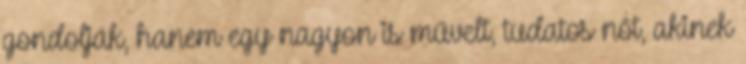
gondolják, hanem egy nagyon is művelt, tudatos nőt, akinek